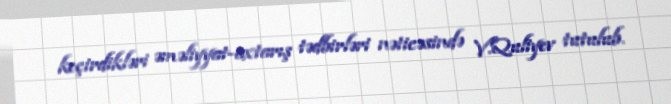
keçirdikləri əməliyyat-axtarış tədbirləri nəticəsində V.Quliyev tutulub.